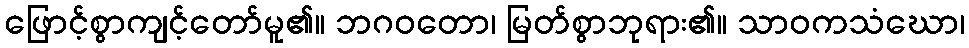
ဖြောင့်စွာကျင့်တော်မူ၏။ ဘဂဝတော၊ မြတ်စွာဘုရား၏။ သာဝကသံဃော၊